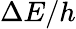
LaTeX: \Delta E/h